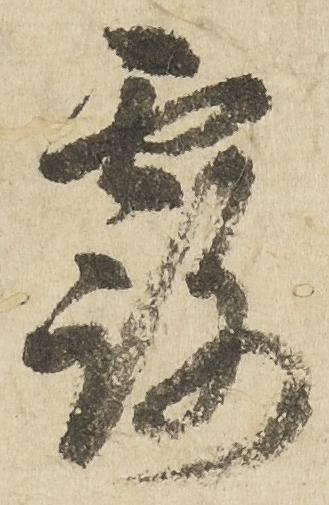
露